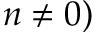
n \neq 0 )